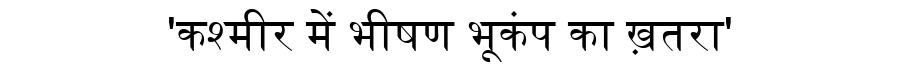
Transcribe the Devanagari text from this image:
'कश्मीर में भीषण भूकंप का ख़तरा'